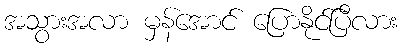
အသွားအလာ မှန်အောင် ပြောနိုင်ပြီလား